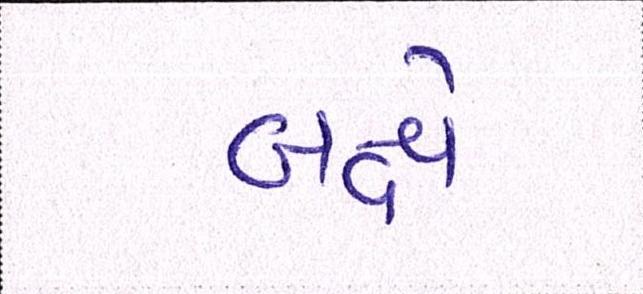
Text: બક્ષે